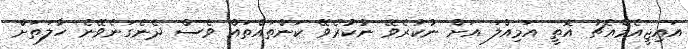
އައިޖީއެމްއެޗު އޮތީ އަމިއްލަ އަށް ނުކުރެވޭ ނުކުރެވޭ ކަންތައްތައް ވެސް ދެނެގަނެވޭނެ ހާލަތަށް